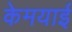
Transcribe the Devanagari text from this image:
केमयाई